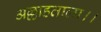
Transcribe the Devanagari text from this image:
अल्लाहताला।।